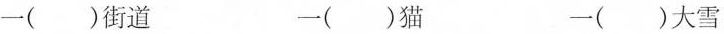
一（）街道 一（）猫 一（）大雪